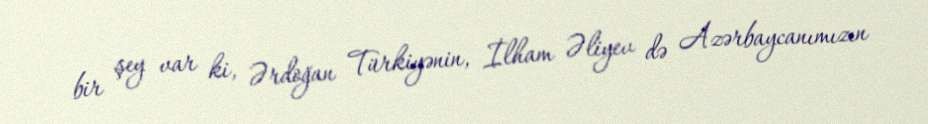
bir şey var ki, Ərdoğan Türkiyənin, İlham Əliyev də Azərbaycanımızın